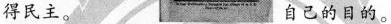
得民主。 自己的目的。